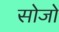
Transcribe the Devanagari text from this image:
सोजो